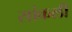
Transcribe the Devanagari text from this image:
सांकली